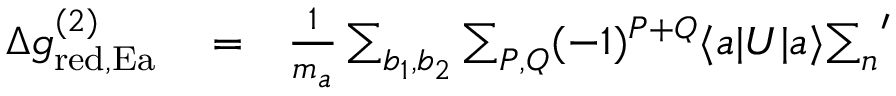
\begin{array} { r l r } { \Delta g _ { \mathrm { r e d , E a } } ^ { ( 2 ) } } & { { } = } & { \frac { 1 } { m _ { a } } \sum _ { b _ { 1 } , b _ { 2 } } \sum _ { P , Q } ( - 1 ) ^ { P + Q } \langle a | U | a \rangle { \sum _ { n } } ^ { \prime } } \end{array}